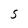
Character: S